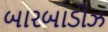
બારબાડોઝ